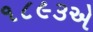
૧૮૯૩એ